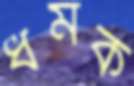
ধমক